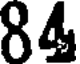
84